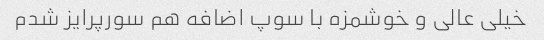
خیلی عالی و خوشمزه با سوپ اضافه هم سورپرایز شدم